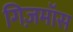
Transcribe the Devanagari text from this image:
गिज़मॉस